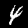
Label: 4